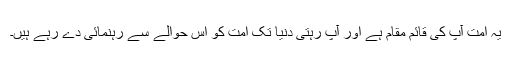
یہ اُمت آپؐ کی قائم مقام ہے اور آپؐ رہتی دنیا تک اُمت کو اس حوالے سے رہنمائی دے رہے ہیں۔